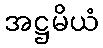
အဋ္ဌမိယံ